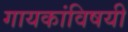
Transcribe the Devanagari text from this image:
गायकांविषयी